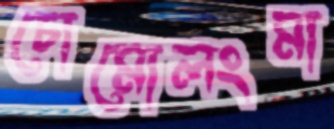
চোমোলংমা